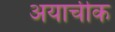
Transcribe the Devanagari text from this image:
अयाचीक